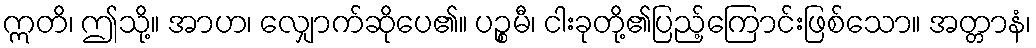
ဣတိ၊ ဤသို့။ အာဟ၊ လျှောက်ဆိုပေ၏။ ပဉ္စမီ၊ ငါးခုတို့၏ပြည့်ကြောင်းဖြစ်သော။ အတ္တာနံ၊